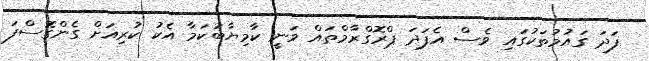
ފަދަ ގައުމުތަކުގައި ވެސް އެފަދަ ޕްރޮގްރާމްތައް ވަނީ ކާމިޔާބުކަމާ އެކު ކުރިއަށް ގެންގޮސްފަ